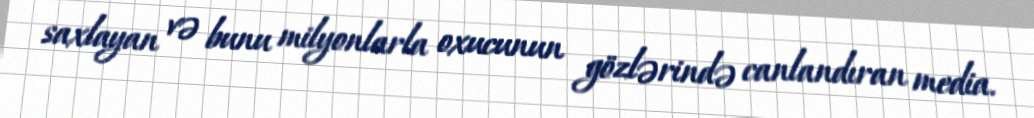
saxlayan və bunu milyonlarla oxucunun gözlərində canlandıran media.